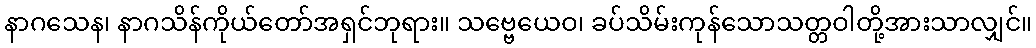
နာဂသေန၊ နာဂသိန်ကိုယ်တော်အရှင်ဘုရား။ သဗ္ဗေယေဝ၊ ခပ်သိမ်းကုန်သောသတ္တဝါတို့အားသာလျှင်။